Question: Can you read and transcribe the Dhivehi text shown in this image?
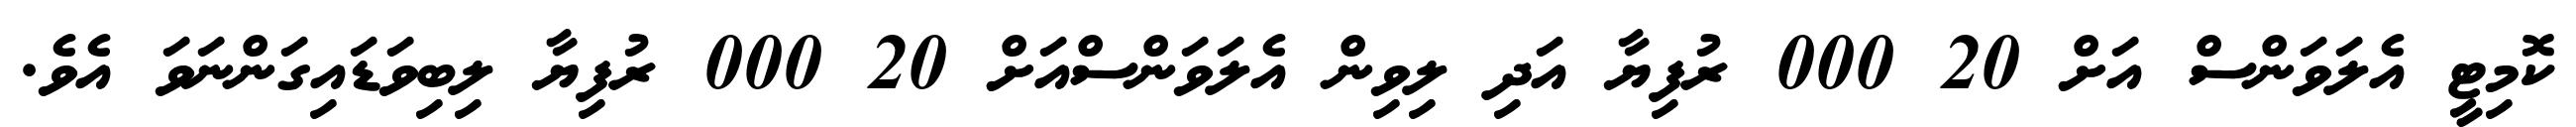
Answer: ކޮމިޓީ އެލަވަންސް އަށް 20 000 ރުފިޔާ އަދި ލިވިން އެލަވަންސްއަށް 20 000 ރުފިޔާ ލިބިވަޑައިގަންނަވަ އެވެ.